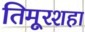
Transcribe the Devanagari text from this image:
तिमूरशहा